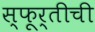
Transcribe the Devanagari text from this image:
स्फूर्तीची